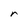
Character: r